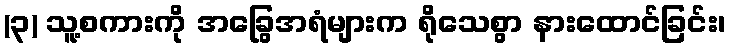
(၃) သူ့စကားကို အခြွေအရံများက ရိုသေစွာ နားထောင်ခြင်း၊